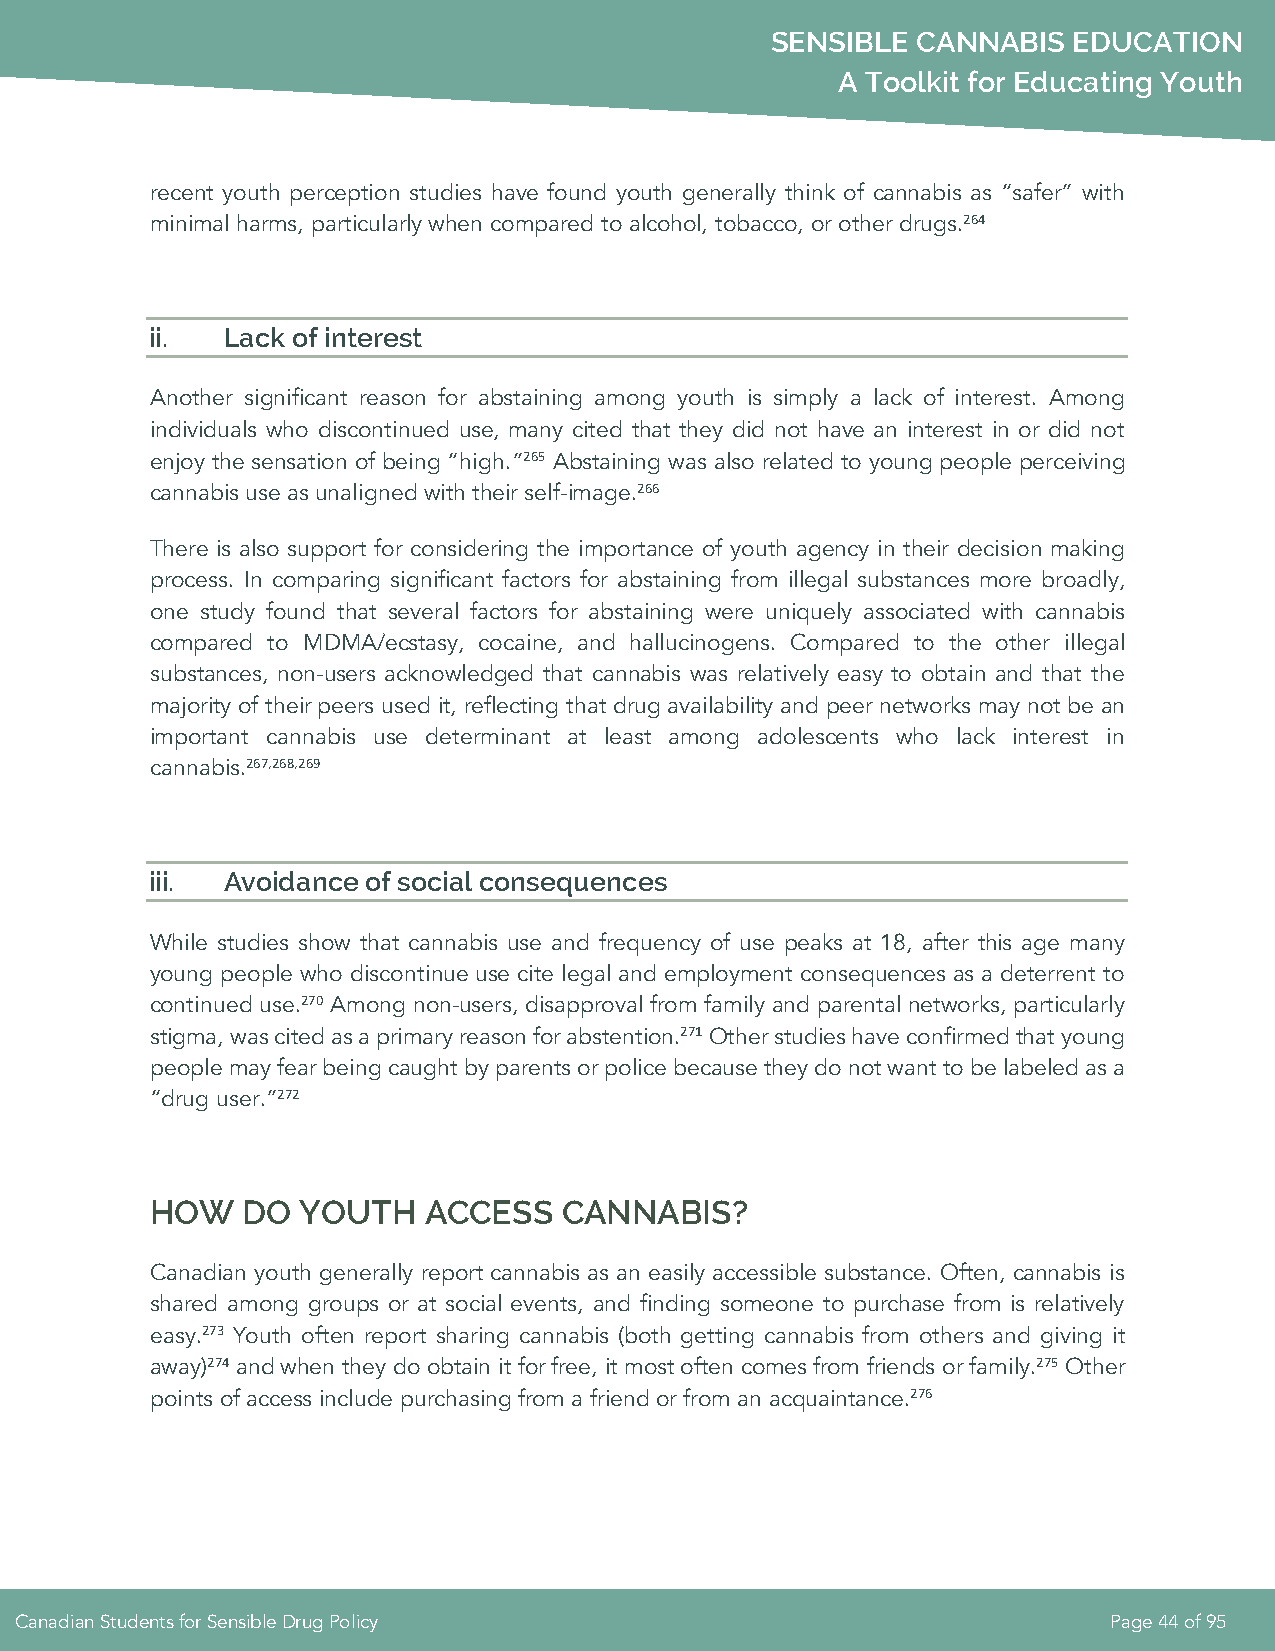
SENSIBLE  CANNABIS  EDUCATION
 A Toolkit for Educating Youth
 recent youth perception studies have found youth generally think of cannabis as “safer” with
 minimal harms, particularly when compared to alcohol, tobacco, or other drugs.264
 ii.  Lack of interest
 Another significant reason for abstaining among youth is simply a lack of interest. Among
 individuals who discontinued use, many cited that they did not have an interest in or did not
 enjoy the sensation of being “high.”265 Abstaining was also related to young people perceiving
 cannabis use as unaligned with their self-image.266
 There is also support for considering the importance of youth agency in their decision making
 process. In comparing significant factors for abstaining from illegal substances more broadly,
 one study found that several factors for abstaining were uniquely associated with cannabis
 compared to MDMA/ecstasy, cocaine, and hallucinogens. Compared to the other illegal
 substances, non-users acknowledged that cannabis was relatively easy to obtain and that the
 majority of their peers used it, reflecting that drug availability and peer networks may not be an
 important cannabis use determinant at least among adolescents who lack interest in
 cannabis.267,268,269
 iii. Avoidance of social consequences
 While studies show that cannabis use and frequency of use peaks at 18, after this age many
 young people who discontinue use cite legal and employment consequences as a deterrent to
 continued use.270 Among non-users, disapproval from family and parental networks, particularly
 stigma, was cited as a primary reason for abstention.271 Other studies have confirmed that young
 people may fear being caught by parents or police because they do not want to be labeled as a
 “drug user.”272
 HOW   DO  YOUTH   ACCESS   CANNABIS?
 Canadian youth generally report cannabis as an easily accessible substance. Often, cannabis is
 shared among groups or at social events, and finding someone to purchase from is relatively
 easy.273 Youth often report sharing cannabis (both getting cannabis from others and giving it
 away)274 and when they do obtain it for free, it most often comes from friends or family.275 Other
 points of access include purchasing from a friend or from an acquaintance.276
 Canadian Students for Sensible Drug Policy                              Page 44 of 95